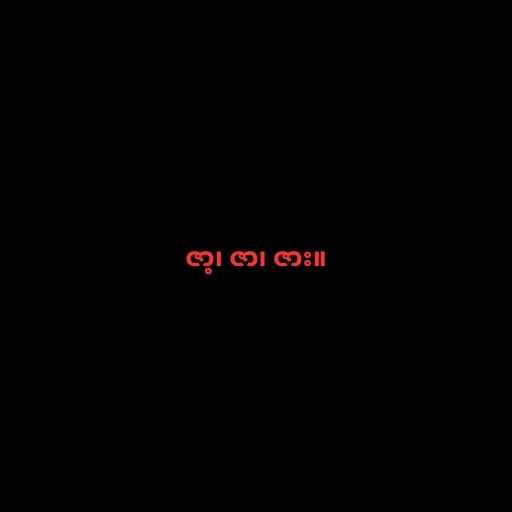
ဇာ့၊ ဇာ၊ ဇား။